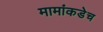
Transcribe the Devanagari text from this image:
मामांकडेच